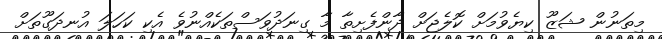
މިތަނުން ޝަޒޫ ކިޔެވުމަށް ކޮލެޖަށް ދާންފެށިތާ މާ ގިނަދުވަސްތަކެއްނުވެ އެކި ކަހަލަ އުނދަގޫތަށް